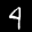
Label: 4